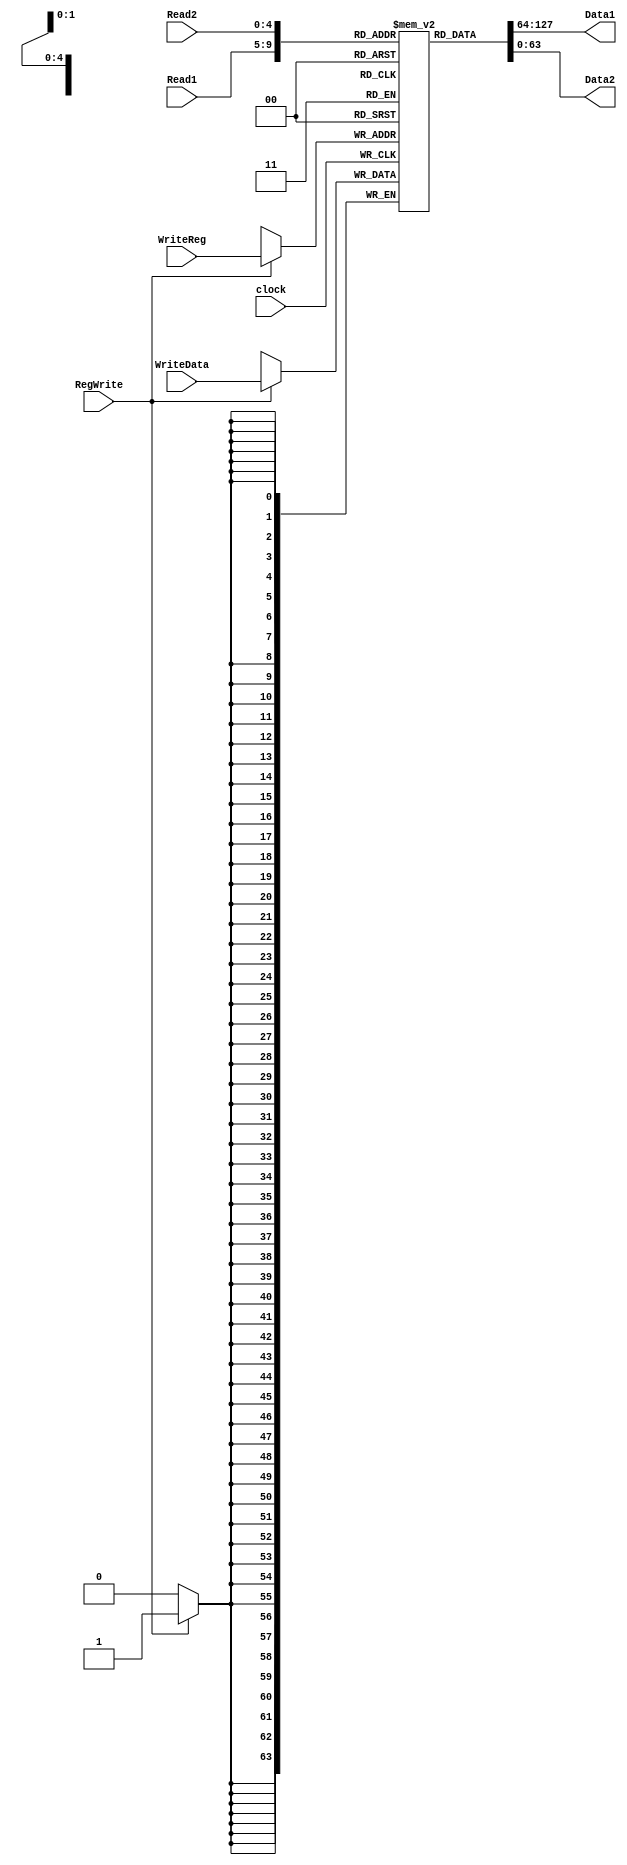
`timescale 1ns / 1ps
module RegisterFile( Read1,Read2,WriteReg,WriteData,RegWrite, Data1, Data2, clock);
	input [4:0] Read1, Read2, WriteReg; // The register Numbers to read or write
	input [63:0] WriteData; //data to write
	input RegWrite, // Data to write
			clock; // the write control
	output [63:0] Data1,Data2; // the register values read
	reg [63:0] RF [0:31]; //32 Registers each 32 bits long
	
	assign Data1 = RF[Read1];
	assign Data2 = RF[Read2];
	
	always @(posedge clock)
		if (RegWrite == 1)
			RF[WriteReg] <= WriteData;
	initial begin
	RF[5] = 64'h5555555555555555;
	RF[10] = 64'haaaaaaaaaaaaaaaa;
	end
endmodule